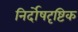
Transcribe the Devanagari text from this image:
निर्दोषदृष्टिक